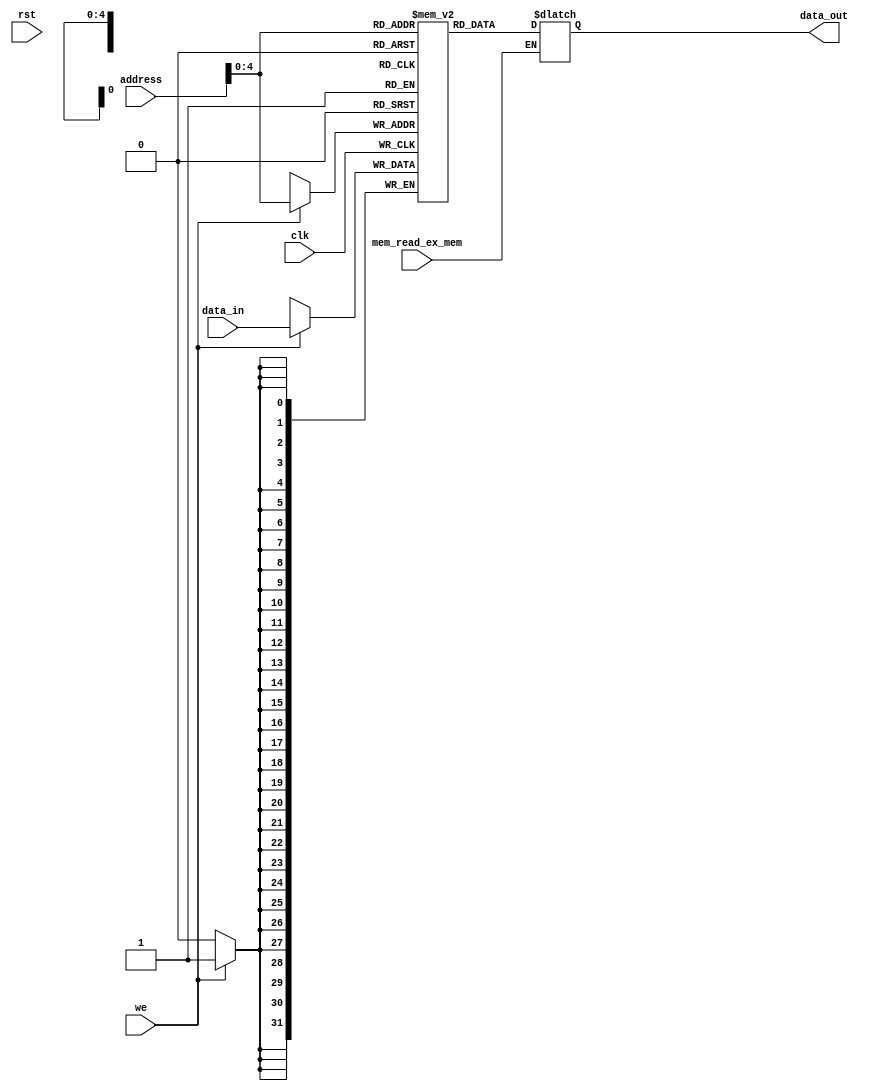
module Datamem( 
	input [31:0]address, 
	input [31:0]data_in, 
	output reg [31:0] data_out,  
	input clk,
	input rst,
	input we,
	input mem_read_ex_mem
	); 

	reg [31:0] mem [31:0]; 
   
	
	initial begin
		mem[0] = 32'b000001_00001_00000_00010_00000_000000; // Addi $2, $1, 
		mem[1] = 32'b000001_00001_00000_00011_00000_000010; // Addi $3, $1, 2
      mem[2] = 32'b000001_00011_00000_00011_00000_000000; // Addi $3, $3, 0
      mem[3] = 32'b000001_00001_00011_00011_00000_000000; // Addi $3, $1, 0
      mem[4] = 32'b100011_00001_00000_00000_00000_000001; // lw $3, 1($1)
      mem[5] = 32'b000001_00001_00000_00111_00000_000000; // Addi $7, $1, 0
      mem[6] = 32'b101011_00000_01000_00000_00000_000001; // sw $0, 1($8)
      mem[7] = 32'b000010_00000_00000_00000_00000_001000; // Jump to address 8
      mem[8] = 32'b000100_00010_00011_11111_11111_111110; // Beq $2, $3, -2
      mem[9] = 32'b000101_00011_00010_11111_11111_111110; // Bne $3, $2, -2
      mem[10] = 32'b000000_00010_00011_00001_00000_100000; // Add $1, $2, $3
      mem[11] = 32'b000000_00010_00011_00001_00000_100010; // Sub $1, $2, $3
      mem[12] = 32'b000000_00010_00011_00001_00000_100100; // And $1, $2, $3
      mem[13] = 32'b000000_00010_00011_00001_00000_100101; // Or $1, $2, $3
     mem[14] = 32'b000000_00010_00011_00001_00000_101010; // Slt $1, $2, $3
	  
	  
	  
	  
	  
	end
	
   always @(*)
   begin
		if(mem_read_ex_mem)
			data_out=mem[address];

	end
		
	always @(posedge clk )
	begin
		if (we)
			mem [address] <= data_in; 	
	end



endmodule